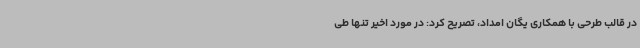
در قالب طرحی با همکاری یگان امداد، تصریح کرد: در مورد اخیر تنها طی